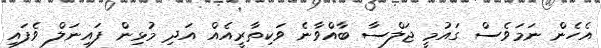
އެހެން ނަމަވެސް ގައުމީ ޖަލްސާ ބާއްވާނެ ވަކިތާރީއެއް އަދި މުޅިން ފައިނަލް ވެފައި